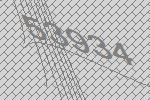
53934